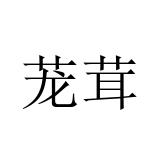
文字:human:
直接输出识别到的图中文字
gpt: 茏茸